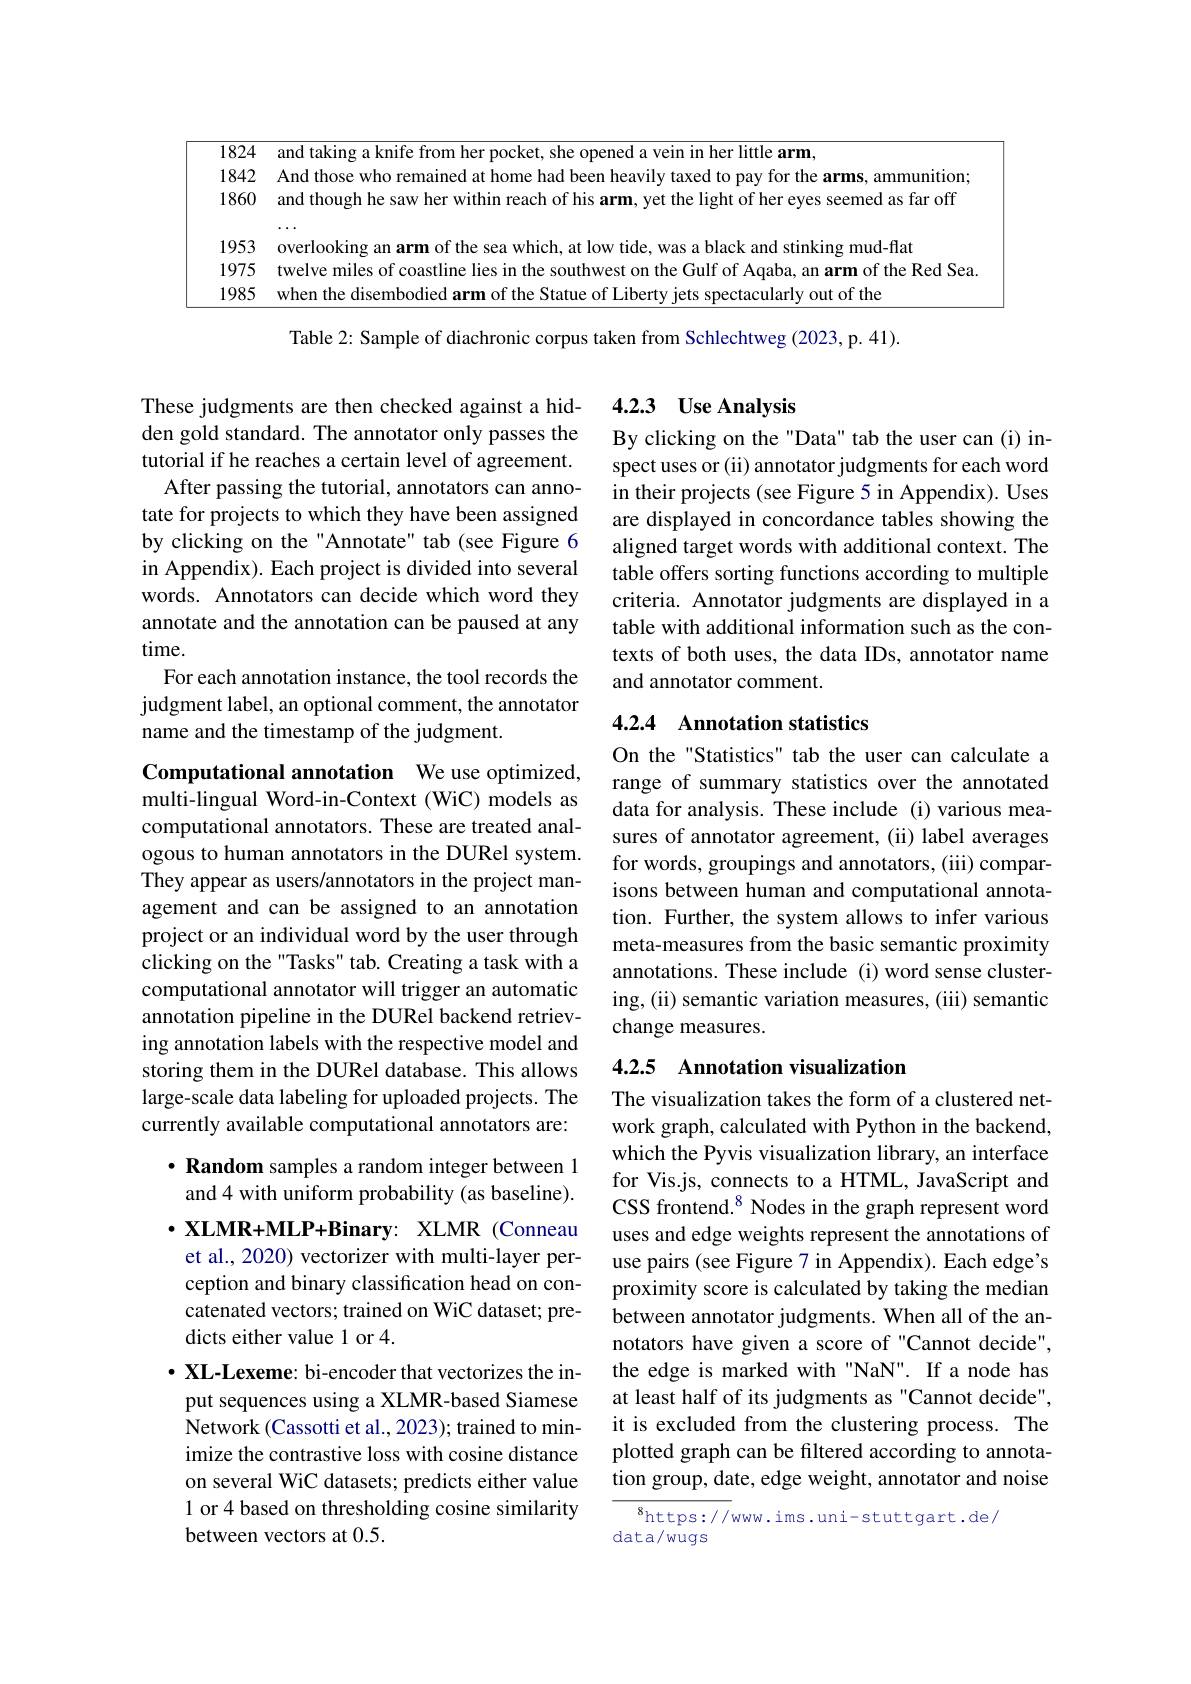
<table>
	<tbody>
		<tr>
			<td>1824</td>
			<td>and takino a knife from her she opened a vein in her lit</td>
		</tr>
		<tr>
			<td>1842</td>
			<td>And those who ammunition</td>
		</tr>
		<tr>
			<td>1860</td>
			<td>and though he saw her within reach of his arm, yet the light of her eyes seemed as far off</td>
		</tr>
		<tr>
			<td>1953</td>
			<td>s mud-flat over 11</td>
		</tr>
		<tr>
			<td>1975</td>
			<td>twelve miles of coastline an arm ot the Red Sea</td>
		</tr>
		<tr>
			<td>1985</td>
			<td>when the disemhod ctacularlv out of the</td>
		</tr>
	</tbody>
</table>
2:
corpus taken from Schlechtweg

These judgments are then checked against a hidden gold standard. The annotator only passes the tutorial if he reaches a certain level of agreement.
After passing the tutorial, annotators can annotate for projects to which they have been assigned by clicking on the "Annotate" tab (see Figure 6 in Appendix). Each project is divided into several words. Annotators can decide which word they annotate and the annotation can be paused at any time.
For each annotation instance, the tool records the judgment label, an optional comment, the annotator name and the timestamp of the judgment.

Computational annotation We use optimized, multi-lingual Word-in-Context (WiC) models as computational annotators. These are treated analogous to human annotators in the DURel system. They appear as users/annotators in the project management and can be assigned to an annotation project or an individual word by the user through clicking on the "Tasks" tab. Creating a task with a computational annotator will trigger an automatic annotation pipeline in the DURel backend retrieving annotation labels with the respective model and storing them in the DURel database. This allows large-scale data labeling for uploaded projects. The currently available computational annotators are:

$\cdot \textbf{Random samples a random integer between 1}$ and 4 with uniform probability (as baseline).

$\cdot XLMR+ MLP+ Binary:$ $XLMR$ $( Conneau)$ et al., 2020) vectorizer with multi-layer perception and binary classification head on concatenated vectors; trained on WiC dataset; predicts either value 1 or 4.
$\cdot \textbf{XL- Lexeme: bi- encoder that vectorizes the in- }$ put sequences using a XLMR-based Siamese Network (Cassotti et al., 2023); trained to minimize the contrastive loss with cosine distance on several WiC datasets; predicts either value 1 or 4 based on thresholding cosine similarity between vectors at 0.5

## 4.2.3 Use Analysis

By clicking on the "Data" tab the user can (i) inspect uses or (ii) annotator judgments for each word in their projects (see Figure 5 in Appendix). Uses are displayed in concordance tables showing the aligned target words with additional context. The table offers sorting functions according to multiple criteria. Annotator judgments are displayed in a table with additional information such as the contexts of both uses, the data IDs, annotator name and annotator comment.

## 4.2.4 Annotation statistics

On the "Statistics" tab the user can calculate a range of summary statistics over the annotated data for analysis. These include (i) various measures of annotator agreement, (ii) label averages for words, groupings and annotators, (iii) comparisons between human and computational annotation. Further, the system allows to infer various meta-measures from the basic semantic proximity annotations. These include (i) word sense clustering, (ii) semantic variation measures, (iii) semantic change measures.

## 4.2.5 Annotation visualization

The visualization takes the form of a clustered network graph, calculated with Python in the backend, which the Pyvis visualization library, an interface for Vis.js, connects to a HTML, JavaScript and CSS frontend.$^{8}$ Nodes in the graph represent word uses and edge weights represent the annotations of use pairs (see Figure 7 in Appendix). Each edge's proximity score is calculated by taking the median between annotator judgments. When all of the annotators have given a score of "Cannot decide", the edge is marked with "NaN". If a node has at least half of its judgments as "Cannot decide", it is excluded from the clustering process. The plotted graph can be filtered according to annotation group, date, edge weight, annotator and noise

$^{8}$https://www.ims.uni-stuttgart.de/
data/wugs